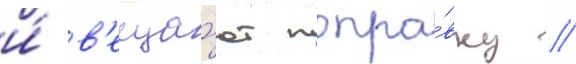
и́ в'еща́ют попра́вку //